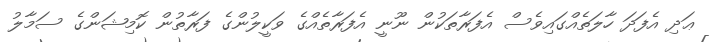
ޢަދި އެފަދަ ހާލަތެއްގައިވެސް އެފަރާތަކުން ނޫނީ އެފަރާތެއްގެ ވަކީލުންގެ ފަރާތުން ކޮމިޝަންގެ ސަމާލު